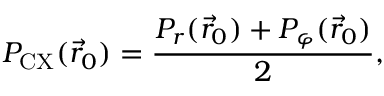
P _ { \mathrm { C X } } ( \vec { r } _ { 0 } ) = \frac { P _ { r } ( \vec { r } _ { 0 } ) + P _ { \varphi } ( \vec { r } _ { 0 } ) } { 2 } ,